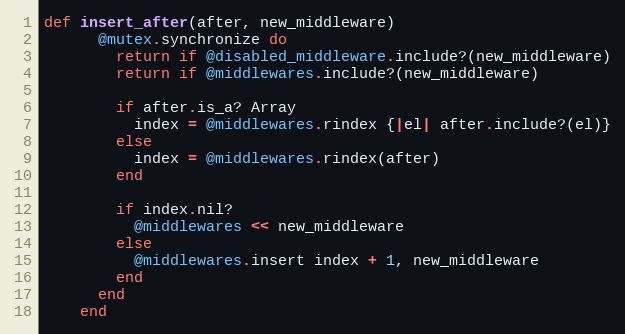
Language: Ruby
def insert_after(after, new_middleware)
      @mutex.synchronize do
        return if @disabled_middleware.include?(new_middleware)
        return if @middlewares.include?(new_middleware)

        if after.is_a? Array
          index = @middlewares.rindex {|el| after.include?(el)}
        else
          index = @middlewares.rindex(after)
        end

        if index.nil?
          @middlewares << new_middleware
        else
          @middlewares.insert index + 1, new_middleware
        end
      end
    end